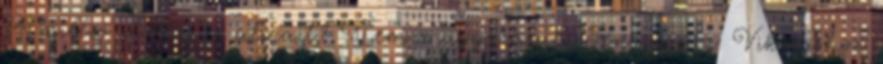
14 millió dolláros álmait? Nem magyarázat: Jennings a Vikingshoz